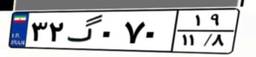
۳۲گ۰۷۰۱۹